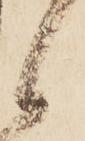
候